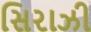
સિરાઝી